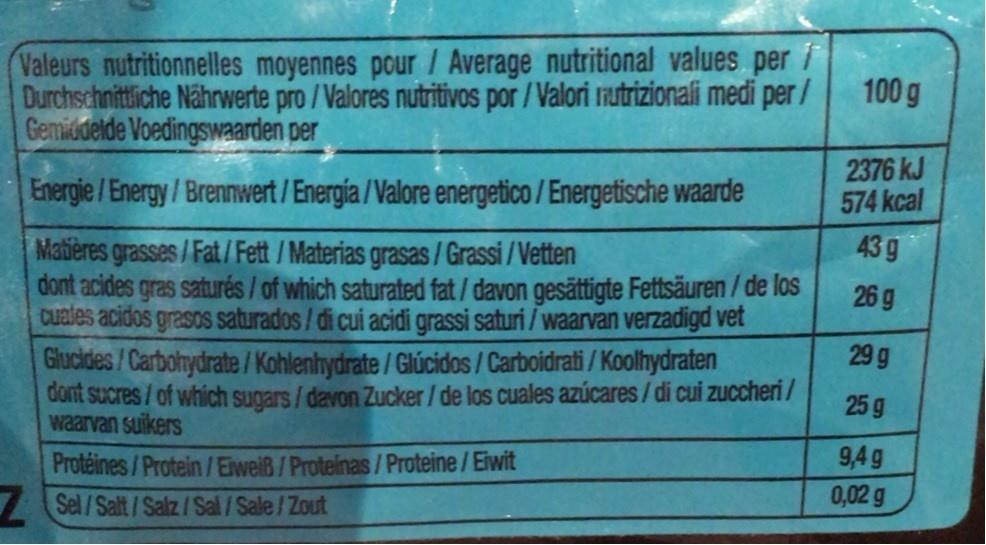
Valeurs nutritionnelles moyennes pour / Average nutritional values per Durchschnittliche Nähnrwerte pro /Valores nutritivos por /Valori 1rutrizionali medi per/ Gemiddelde Voedingswaarden per
100 g
Energie /Energy/Brennwert / Energía /Valore energetico / Energetische waarde
2376 kJ 574 kcal
43 g
Matières grasses/Fat/ Fett /Materias grasas/ Grassi/Vetten dont acides gras saturés / of which saturated fat / davon gesättigte Fettsäuren/de los cuales acidos grasos saturados/ di cui acidi grassi saturi / waarvan verzadigd vet Giucides/Carbohydrate /Kohlenhydrate /Glúcidos / Carboidrati / Koolhydraten dont sucres/of which sugars/davon Zucker / de los cuales azúcares/ di cui zuccheri/ waarvan suikers
26 g
29 g
25 g
9,4 g 0,02 g
Protéines/Protein/Eiweiß/Proteinas/Proteine/Eiwit
Sel /Salt/Salz/Sal/Sale/ Zout